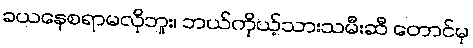
ခယနေစရာမလိုဘူး၊ ဘယ်ကိုယ့်သားသမီးဆီ တောင်မှ